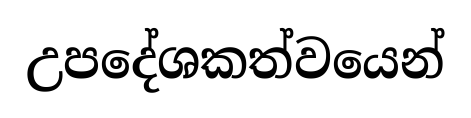
උපදේශකත්වයෙන්